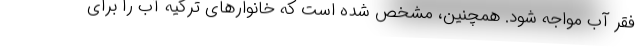
فقر آب مواجه شود. همچنین، مشخص شده است که خانوارهای ترکیه آب را برای